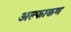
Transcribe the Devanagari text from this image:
अल्फाकण